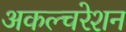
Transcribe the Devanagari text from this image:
अकल्चरेशन